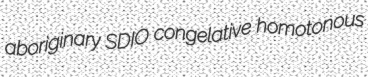
aboriginary SDIO congelative homotonous